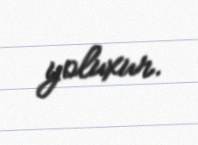
yoluxur.